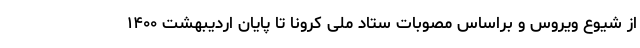
از شیوع ویروس و براساس مصوبات ستاد ملی کرونا تا پایان اردیبهشت ۱۴۰۰